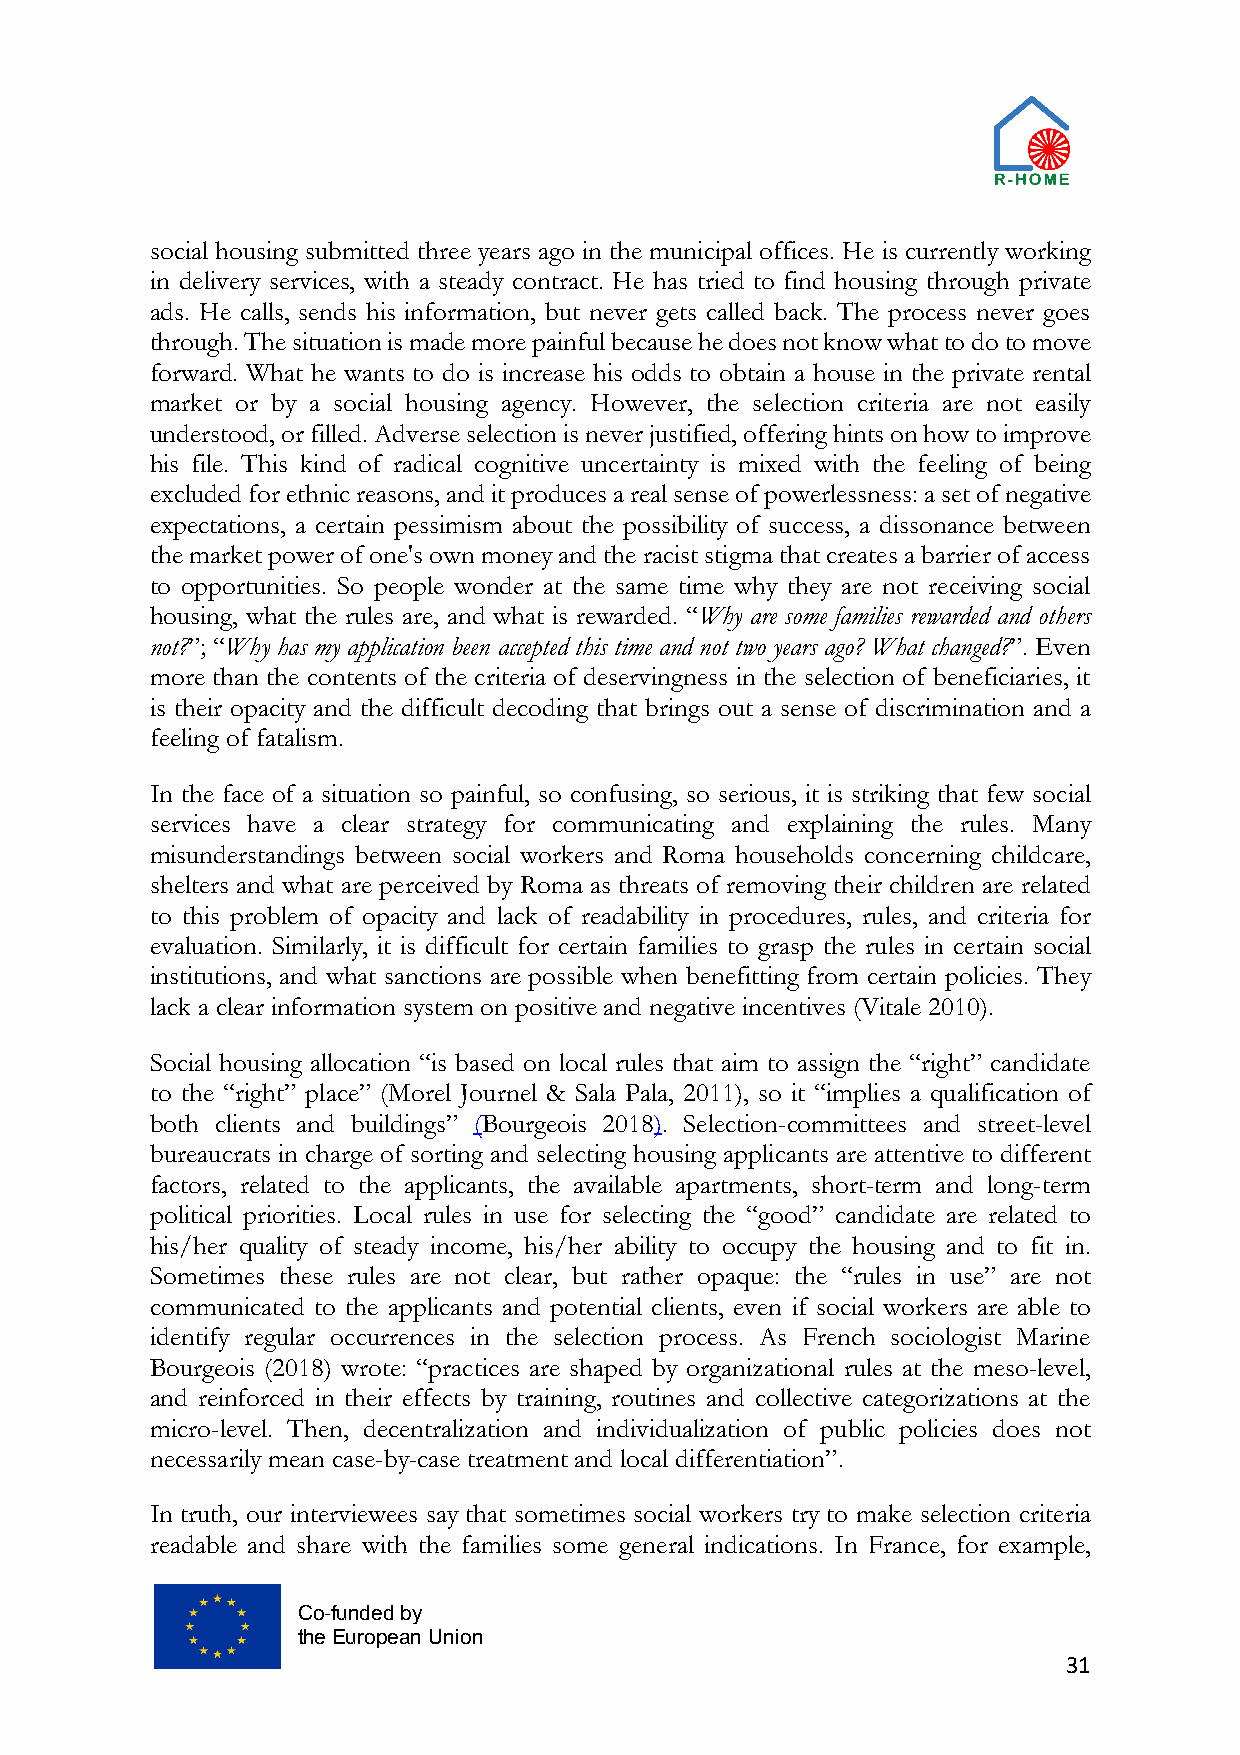
social housing submitted three years ago in the municipal offices. He is currently working
 in delivery services, with a steady contract. He has tried to find housing through private
 ads. He calls, sends his information, but never gets called back. The process never goes
 through. The situation is made more painful because he does not know what to do to move
 forward. What he wants to do is increase his odds to obtain a house in the private rental
 market or by a social housing agency. However, the selection criteria are not easily
 understood, or filled. Adverse selection is never justified, offering hints on how to improve
 his file. This kind of radical cognitive uncertainty is mixed with the feeling of being
 excluded for ethnic reasons, and it produces a real sense of powerlessness: a set of negative
 expectations, a certain pessimism about the possibility of success, a dissonance between
 the market power of one's own money and the racist stigma that creates a barrier of access
 to opportunities. So people wonder at the same time why they are not receiving social
 housing, what the rules are, and what is rewarded. “Why are some families rewarded and others
 not?”; “Why has my application been accepted this time and not two years ago? What changed?”. Even
 more than the contents of the criteria of deservingness in the selection of beneficiaries, it
 is their opacity and the difficult decoding that brings out a sense of discrimination and a
 feeling of fatalism.
 In the face of a situation so painful, so confusing, so serious, it is striking that few social
 services have a clear strategy for communicating and explaining the rules. Many
 misunderstandings between social workers and Roma households concerning childcare,
 shelters and what are perceived by Roma as threats of removing their children are related
 to this problem of opacity and lack of readability in procedures, rules, and criteria for
 evaluation. Similarly, it is difficult for certain families to grasp the rules in certain social
 institutions, and what sanctions are possible when benefitting from certain policies. They
 lack a clear information system on positive and negative incentives (Vitale 2010).
 Social housing allocation “is based on local rules that aim to assign the “right” candidate
 to the “right” place” (Morel Journel & Sala Pala, 2011), so it “implies a qualification of
 both clients and buildings” (Bourgeois 2018). Selection-committees and street-level
 bureaucrats in charge of sorting and selecting housing applicants are attentive to different
 factors, related to the applicants, the available apartments, short-term and long-term
 political priorities. Local rules in use for selecting the “good” candidate are related to
 his/her quality of steady income, his/her ability to occupy the housing and to fit in.
 Sometimes these rules are not clear, but rather opaque: the “rules in use” are not
 communicated to the applicants and potential clients, even if social workers are able to
 identify regular occurrences in the selection process. As French sociologist Marine
 Bourgeois (2018) wrote: “practices are shaped by organizational rules at the meso-level,
 and reinforced in their effects by training, routines and collective categorizations at the
 micro-level. Then, decentralization and individualization of public policies does not
 necessarily mean case-by-case treatment and local differentiation”.
 In truth, our interviewees say that sometimes social workers try to make selection criteria
 readable and share with the families some general indications. In France, for example,
 Co-funded by
 the European Union
 31